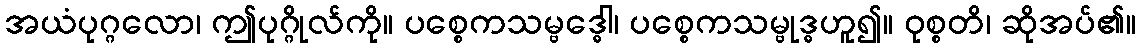
အယံပုဂ္ဂလော၊ ဤပုဂ္ဂိုလ်ကို။ ပစ္စေကသမ္ဗဒ္ဓေါ၊ ပစ္စေကသမ္ဗုဒ္ဓဟူ၍။ ဝုစ္စတိ၊ ဆိုအပ်၏။